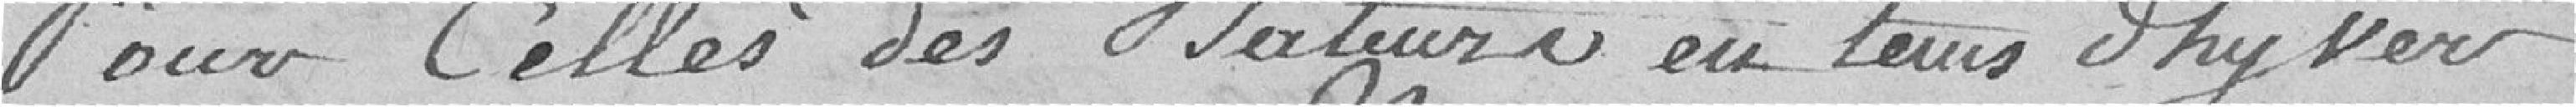
Pour celles des batteurs en tenus d'hiver